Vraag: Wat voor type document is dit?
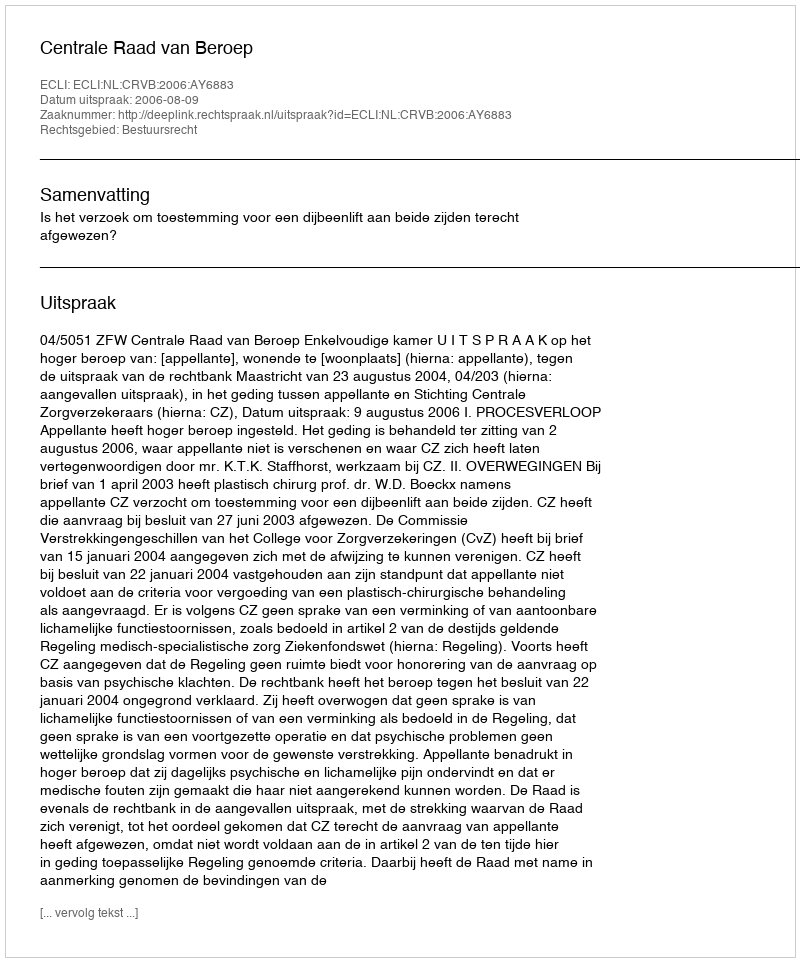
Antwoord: Uitspraak